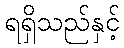
ရရှိသည်နှင့်